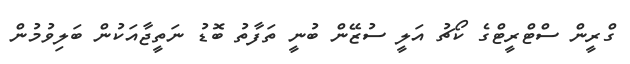
ގްރީން ސްޓްރީޓްގެ ކޯޗު އަލީ ސުޒޭން ބުނީ ތަފާތު ބޮޑު ނަތީޖާއަކުން ބަލިވުމުން